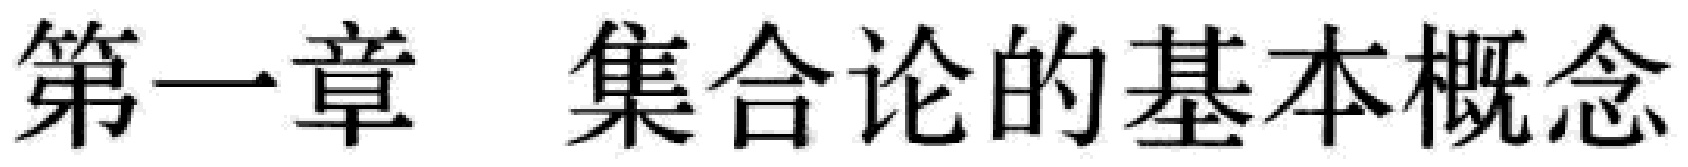
第一章 集合论的基本概念